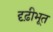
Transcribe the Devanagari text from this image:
दृढ़ीभूत